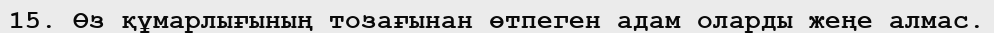
15. Өз құмарлығының тозағынан өтпеген адам оларды жеңе алмас.